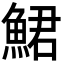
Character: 鮶